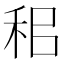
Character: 𥞐